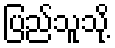
ပြည်သူသို့